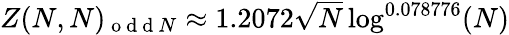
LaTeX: \begin{array}{r}{Z(N,N)_{\mathrm{~o~d~d~}N}\approx 1.2072\sqrt{N}\log^{0.078776}(N)}\end{array}